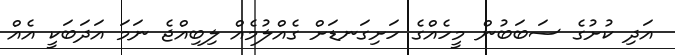
އަދި ކުށުގެ ސަބަބުން މީހެއްގެ ހަށިގަނޑަށް ގެއްލުމެއް ލިބިއްޖެ ނަމަ އަދަބަކީ އެއް